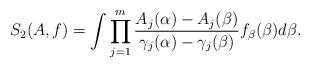
LaTeX: \begin{align*}S_2(A,f)=\int \prod_{j=1}^m \frac{A_j(\alpha)-A_j(\beta)}{\gamma_j(\alpha)-\gamma_j(\beta)} f_{\beta}(\beta)d\beta.\end{align*}